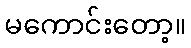
မကောင်းတော့။